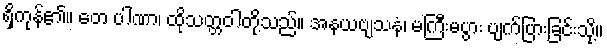
ရှိကုန်၏။ တေ ပါဏာ၊ ထိုသတ္တဝါတို့သည်။ အနယဗျသနံ၊ မကြီးမပွား ပျက်ပြားခြင်းသို့။